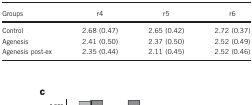
<table><thead><tr><td><b>Groups</b></td><td><b>r4</b></td><td><b>r5</b></td><td><b>r6</b></td></tr></thead><tbody><tr><td>Control</td><td>2.68 (0.47)</td><td>2.65 (0.42)</td><td>2.72 (0.37)</td></tr><tr><td>Agenesis</td><td>2.41 (0.50)</td><td>2.37 (0.50)</td><td>2.52 (0.49)</td></tr><tr><td>Agenesis post-ex</td><td>2.35 (0.44)</td><td>2.11 (0.45)</td><td>2.52 (0.46)</td></tr></tbody></table>